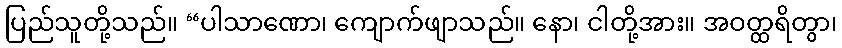
ပြည်သူတို့သည်။ “ပါသာဏော၊ ကျောက်ဖျာသည်။ နော၊ ငါတို့အား။ အဝတ္ထရိတွာ၊